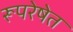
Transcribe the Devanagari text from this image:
रूपरेषेत